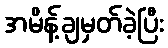
အမိန့်ချမှတ်ခဲ့ပြီး